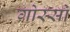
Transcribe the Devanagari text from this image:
गोस्सो